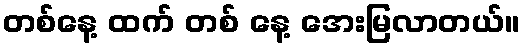
တစ်နေ့ ထက် တစ် နေ့ အေးမြလာတယ်။